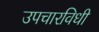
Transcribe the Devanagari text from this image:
उपचारविधी